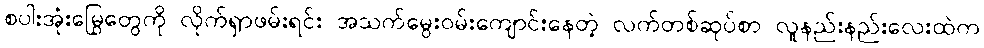
စပါးအုံးမြွေတွေကို လိုက်ရှာဖမ်းရင်း အသက်မွေးဝမ်းကျောင်းနေတဲ့ လက်တစ်ဆုပ်စာ လူနည်းနည်းလေးထဲက